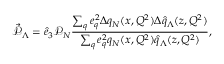
\vec { \mathcal { P } } _ { \Lambda } = \hat { e } _ { 3 } \mathcal { P } _ { N } \frac { \sum _ { q } e _ { q } ^ { 2 } \Delta q _ { N } ( x , Q ^ { 2 } ) \Delta \hat { q } _ { \Lambda } ( z , Q ^ { 2 } ) } { \sum _ { q } e _ { q } ^ { 2 } q _ { N } ( x , Q ^ { 2 } ) \hat { q } _ { \Lambda } ( z , Q ^ { 2 } ) } ,